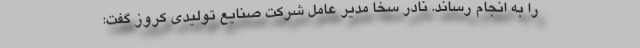
را به انجام رساند. نادر سخا مدیر عامل شرکت صنایع تولیدی کروز گفت: